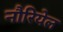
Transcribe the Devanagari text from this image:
नौरियेल